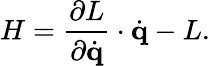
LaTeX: H={\frac{\partial L}{\partial{\dot{\mathbf{q}}}}}\cdot{\dot{\mathbf{q}}}-L.